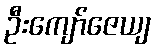
ဦးကျော်ဇေယျ